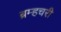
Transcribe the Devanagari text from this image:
ब्रम्हचरी